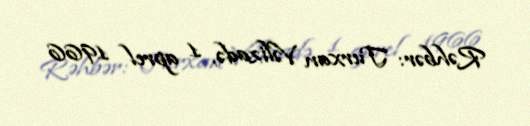
Rəhbər: Turxan Vəlizadə, 1 aprel 1966